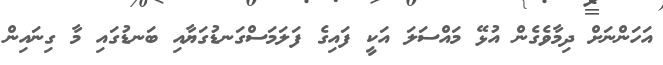
އަހަންނަށް ދިމާވެގެން އުޅޭ މައްސަލަ އަކީ ފައިގެ ފަލަމަސްގަނޑުގަޔާއި ބަނޑުގައި މާ ގިނައިން